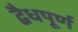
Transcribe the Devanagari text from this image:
द्वैधपूर्ण